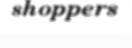
shoppers